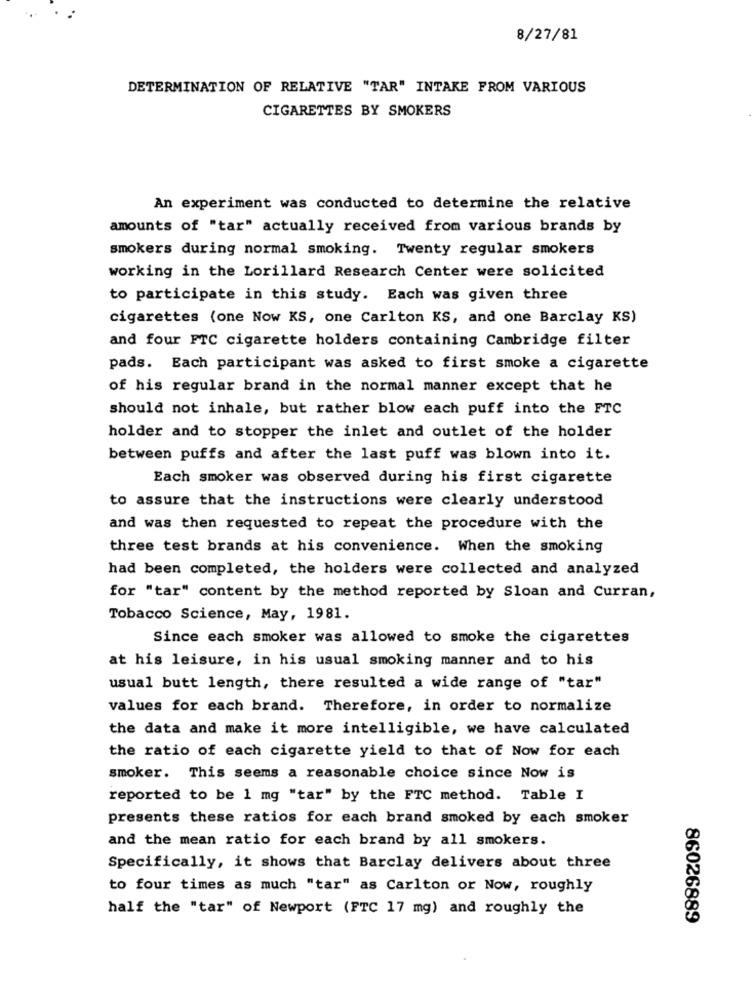
8/27/81
DETERMINATION OF RELATIVE "TAR" INTAKE FROM VARIOUS
CIGARETTES BY SMOKERS
An experiment was conducted to determine the relative
amounts of "tar" actually received from various brands by
smokers during normal smoking. Twenty regular smokers
working in the Lorillard Research Center were solicited
to participate in this study. Each was given three
cigarettes (one Now KS, one Carlton KS, and one Barclay KS)
and four FTC cigarette holders containing Cambridge filter
pads. Each participant was asked to first smoke a cigarette
of his regular brand in the normal manner except that he
should not inhale, but rather blow each puff into the FTC
holder and to stopper the inlet and outlet of the holder
between puffs and after the last puff was blown into it.
Each smoker was observed during his first cigarette
to assure that the instructions were clearly understood
and was then requested to repeat the procedure with the
three test brands at his convenience. When the smoking
had been completed, the holders were collected and analyzed
for "tar" content by the method reported by Sloan and Curran,
Tobacco Science, May, 1981.
Since each smoker was allowed to smoke the cigarettes
at his leisure, in his usual smoking manner and to his
usual butt length, there resulted a wide range of "tar"
values for each brand. Therefore, in order to normalize
the data and make it more intelligible, we have calculated
the ratio of each cigarette yield to that of Now for each
smoker. This seems a reasonable choice since Now is
reported to be 1 mg "tar" by the FTC method. Table I
presents these ratios for each brand smoked by each smoker
and the mean ratio for each brand by all smokers.
Specifically, it shows that Barclay delivers about three
to four times as much "tar" as Carlton or Now, roughly
half the "tar" of Newport (FTC 17 mg) and roughly the
86026889